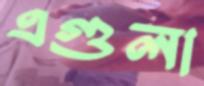
এগুলা